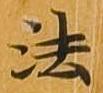
法